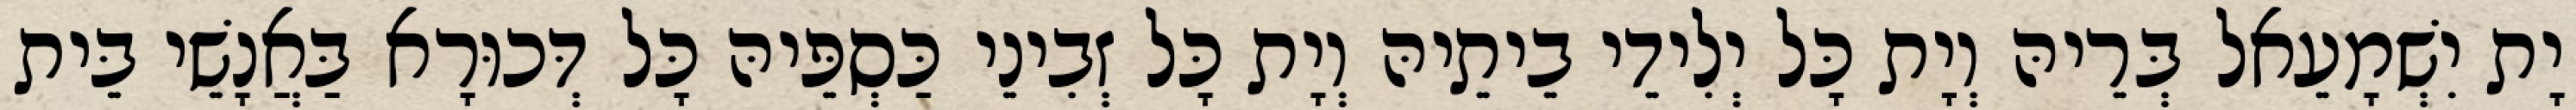
יָת יִשְׁמָעֵאל בְּרֵיהּ וְיָת כָּל יְלִידֵי בֵיתֵיהּ וְיָת כָּל זְבִינֵי כַּסְפֵּיהּ כָּל דְּכוּרָא בַּאֲנָשֵׁי בֵּית